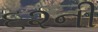
૬૨ની